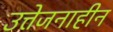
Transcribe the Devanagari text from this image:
उत्तेजनाहीन